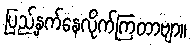
ပြည့်နှက်နေလိုက်ကြတာဗျာ။